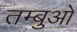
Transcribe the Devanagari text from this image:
तम्बुओ